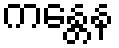
ကန္တေန